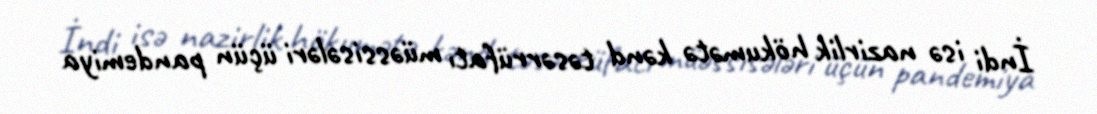
İndi isə nazirlik hökumətə kənd təsərrüfatı müəssisələri üçün pandemiya